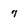
Character: 7